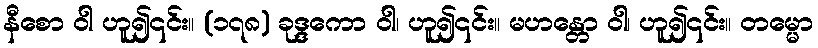
နီစော ဝါ ဟူ၍၎င်း။ (၁၇၈) ခုဒ္ဒကော ဝါ၊ ဟူ၍၎င်း။ မဟန္တော ဝါ၊ ဟူ၍၎င်း။ တမ္မော